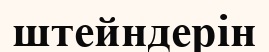
штейндерін